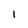
Character: 1